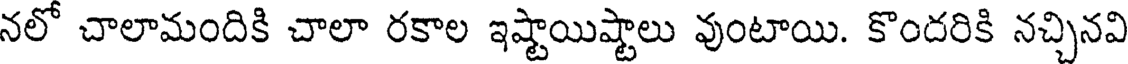
నలో చాలామందికి చాలా రకాల ఇష్టాయిష్టాలు వుంటాయి. కొందరికి నచ్చినవి